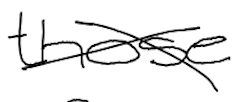
Text: those
Cross-out: cross
Writing tool: digital_black